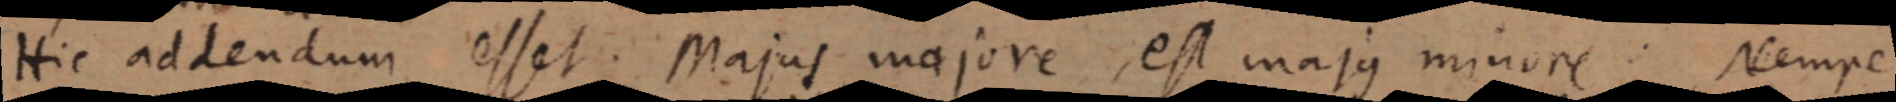
Hic addendum esset. Majus majore, est majus minore Nempe